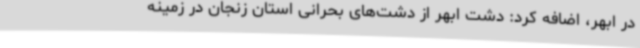
در ابهر، اضافه کرد: دشت ابهر از دشت‌های بحرانی استان زنجان در زمینه